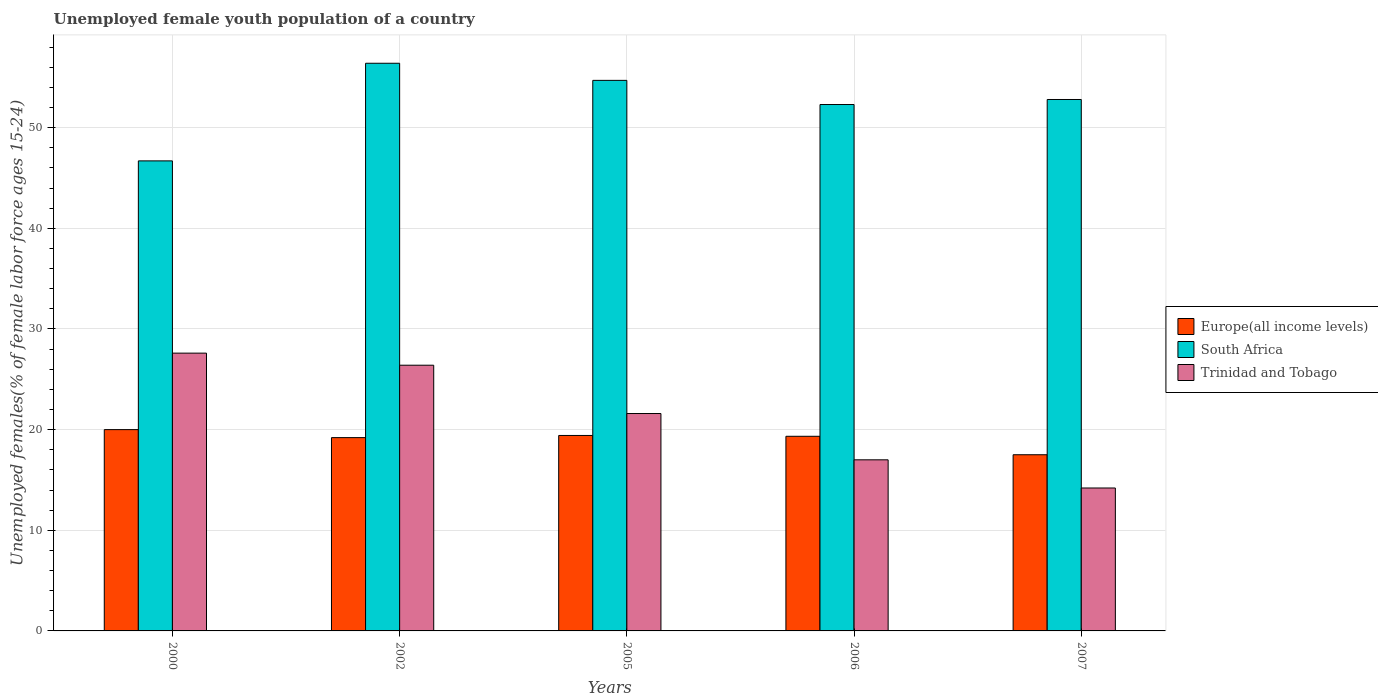
| Years | Europe(all income levels) | South Africa | Trinidad and Tobago |
 | --- | --- | --- | --- |
 | 2000 | 20 | 46.7 | 27.6 |
 | 2002 | 19.2 | 56.4 | 26.4 |
 | 2005 | 19.4 | 54.7 | 21.6 |
 | 2006 | 19.3 | 52.3 | 17 |
 | 2007 | 17.5 | 52.8 | 14.2 |